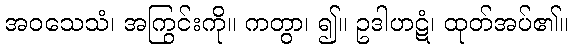
အဝသေသံ၊ အကြွင်းကို။ ကတွာ၊ ၍။ ဥဒါဟဋံ၊ ထုတ်အပ်၏။